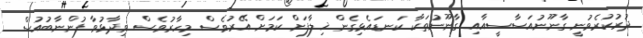
ދުރުކުރެވުނީ ގާނޫނުއަސާސީއާއި ގާނޫނުތަކާ ކަނޑައެޅިގެން ޚިލާފަށް ކަމަށް އޭރުވެސް މިހާރުވެސް ވިދާޅުވާ ފުންނާބުއުސް